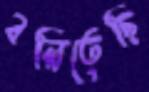
বলিতেছি